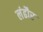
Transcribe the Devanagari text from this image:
लंढौर